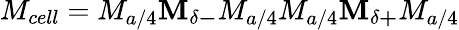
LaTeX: M_{cell}=M_{a/4}\mathbf{M_{\delta-}}M_{a/4}M_{a/4}\mathbf{M_{\delta+}}M_{a/4}